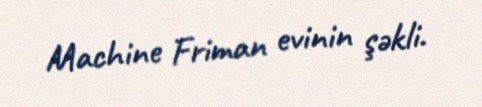
Machine Friman evinin şəkli.